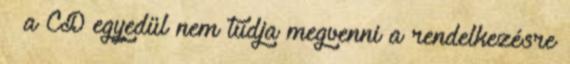
– a ČD egyedül nem tudja megvenni a rendelkezésre